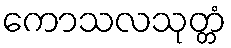
ကောသလသုတ္တံ